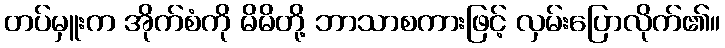
တပ်မှူးက အိုက်စံကို မိမိတို့ ဘာသာစကားဖြင့် လှမ်းပြောလိုက်၏။